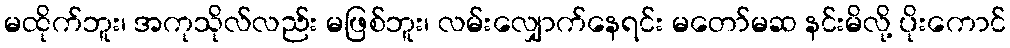
မထိုက်ဘူး၊ အကုသိုလ်လည်း မဖြစ်ဘူး၊ လမ်းလျှောက်နေရင်း မတော်မဆ နင်းမိလို့ ပိုးကောင်